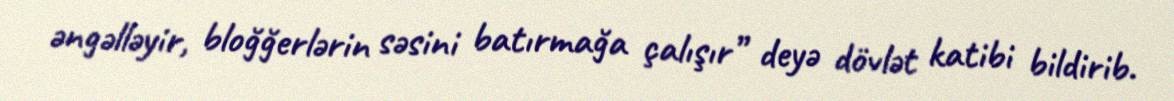
əngəlləyir, bloğğerlərin səsini batırmağa çalışır” deyə dövlət katibi bildirib.